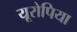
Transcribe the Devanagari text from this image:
यूरोपिया